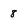
Character: 8